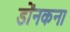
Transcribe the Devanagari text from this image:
डोंनकना